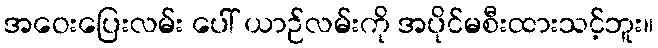
အဝေးပြေးလမ်း ပေါ် ယာဉ်လမ်းကို အပိုင်မစီးထားသင့်ဘူး။